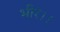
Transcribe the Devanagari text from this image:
भीर।।